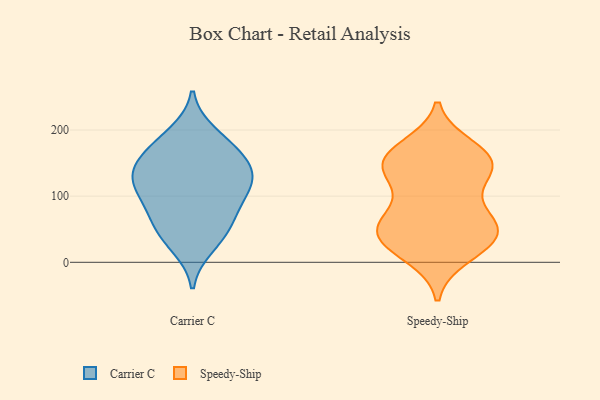
{"axis": {"x": "Churn Rate (%)", "y": "Value"}, "legend": ["Carrier C", "Speedy-Ship"], "data": [{"x": "", "y": 25, "type": "Carrier C"}, {"x": "", "y": 152, "type": "Carrier C"}, {"x": "", "y": 78, "type": "Carrier C"}, {"x": "", "y": 115, "type": "Carrier C"}, {"x": "", "y": 168, "type": "Carrier C"}, {"x": "", "y": 121, "type": "Carrier C"}, {"x": "", "y": 134, "type": "Carrier C"}, {"x": "", "y": 194, "type": "Carrier C"}, {"x": "", "y": 137, "type": "Carrier C"}, {"x": "", "y": 50, "type": "Carrier C"}, {"x": "", "y": 175, "type": "Carrier C"}, {"x": "", "y": 47, "type": "Carrier C"}, {"x": "", "y": 113, "type": "Carrier C"}, {"x": "", "y": 83, "type": "Carrier C"}, {"x": "", "y": 129, "type": "Speedy-Ship"}, {"x": "", "y": 58, "type": "Speedy-Ship"}, {"x": "", "y": 157, "type": "Speedy-Ship"}, {"x": "", "y": 41, "type": "Speedy-Ship"}, {"x": "", "y": 49, "type": "Speedy-Ship"}, {"x": "", "y": 174, "type": "Speedy-Ship"}, {"x": "", "y": 60, "type": "Speedy-Ship"}, {"x": "", "y": 148, "type": "Speedy-Ship"}, {"x": "", "y": 39, "type": "Speedy-Ship"}, {"x": "", "y": 153, "type": "Speedy-Ship"}, {"x": "", "y": 10, "type": "Speedy-Ship"}, {"x": "", "y": 142, "type": "Speedy-Ship"}, {"x": "", "y": 137, "type": "Speedy-Ship"}, {"x": "", "y": 167, "type": "Speedy-Ship"}, {"x": "", "y": 34, "type": "Speedy-Ship"}, {"x": "", "y": 63, "type": "Speedy-Ship"}, {"x": "", "y": 19, "type": "Speedy-Ship"}, {"x": "", "y": 91, "type": "Speedy-Ship"}]}